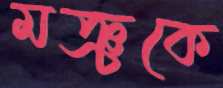
মঞ্চকে